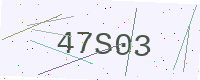
Text: 47S03